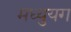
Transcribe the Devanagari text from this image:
मध्युयग